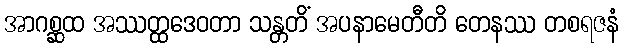
အာဂစ္ဆထ အဿတ္ထဒေဝတာ သန္တတိံ အပနာမေတီတိ တေနဿ တစရဇနံ